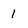
Character: 1